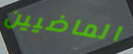
الماضيين